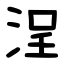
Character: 浧